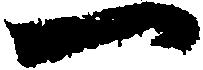
一